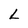
Character: L